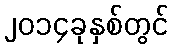
၂၀၁၄ခုနှစ်တွင်